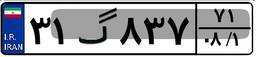
۳۱گ۸۳۷۷۱